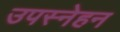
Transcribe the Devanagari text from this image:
उपस्नेहन